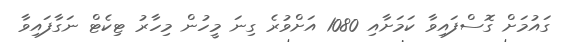
ގައުމަށް ގޮސްފައިވާ ކަމަށާއި 1080 އަށްވުރެ ގިނަ މީހުން މިހާރު ޓިކެޓް ނަގާފައިވާ